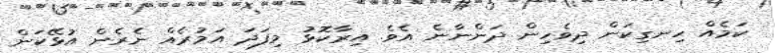
ކަމެއް ހިނގިކަން ދިވެހިން ދަންނާނެ އެވެ. އިރާކޮޅު މިފަދަ އަމުރެއް ނެރެން އުޅޭކަން